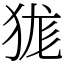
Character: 狵